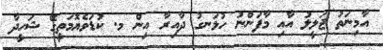
އާމިނަތު ޖަލީލު އާއި މާފަންނު ހުޅަނގު ދާއިރާ އިން މ. ކުޑަވެޔޮމަތީގޭ ޝަހީދާ